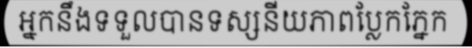
អ្នកនឹងទទួលបានទស្សនីយភាពប្លែកភ្នែក